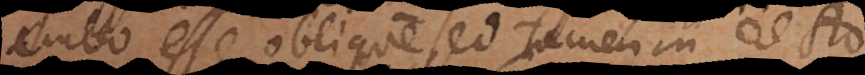
ambo esse oblique, sed tamen in recto